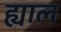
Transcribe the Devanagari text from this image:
ह्याल